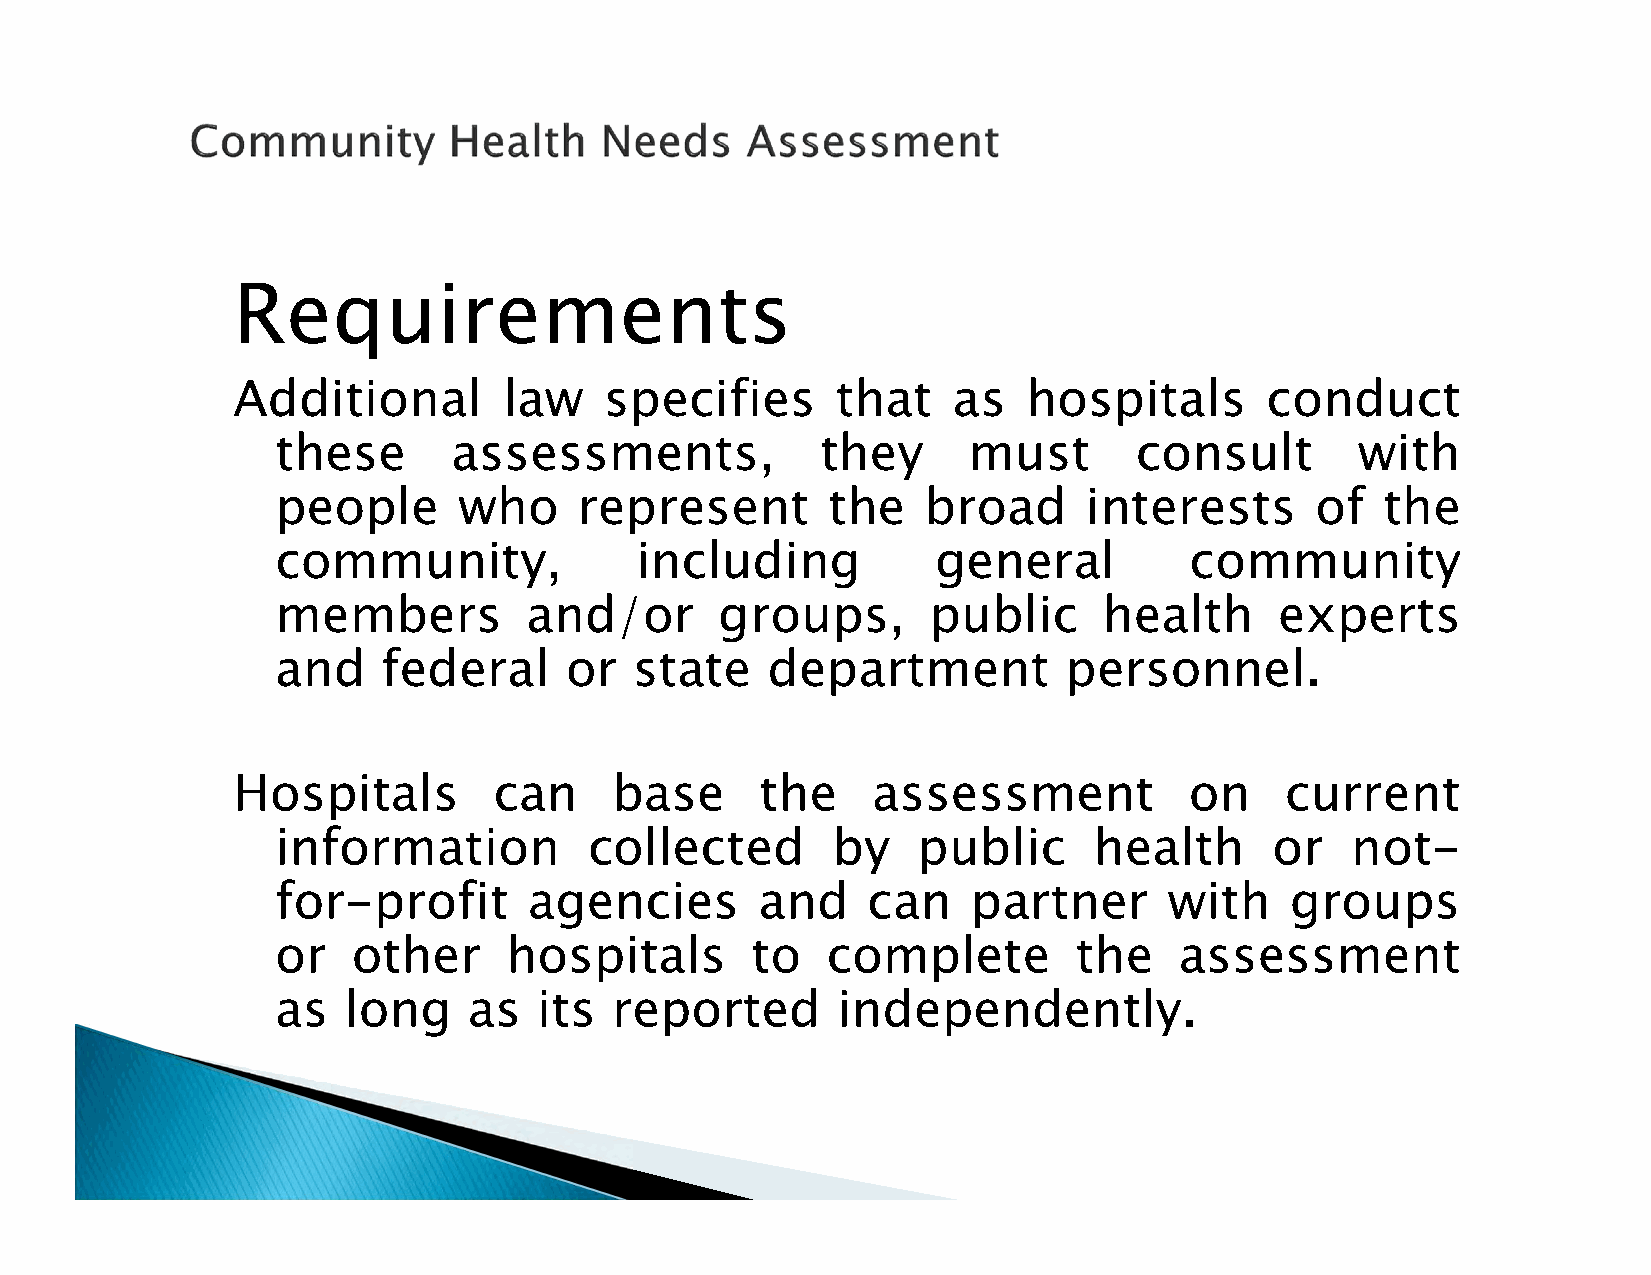
Requirements
 Additional        law    specifies      that    as   hospitals       conduct
 these       assessments,            they      must       consult        with
 people      who     represent        the   broad      interests      of   the
 community,              including           general          community
 members          and/or       groups,       public     health      experts
 and    federal     or   state    department         personnel.
 Hospitals         can     base     the     assessment           on    current
 information          collected       by    public     health      or   not-
 for-profit       agencies       and    can    partner      with    groups
 or   other      hospitals       to   complete        the    assessment
 as   long    as   its reported       independently.